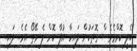
ބެލީ ކޮމްމެވެސް ގޮތަކުން ލައިހާ އުފާ ކޮށް ލެ ވޭތޯ އެވެ.. ލައި..